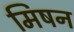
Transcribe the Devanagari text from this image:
मिषन